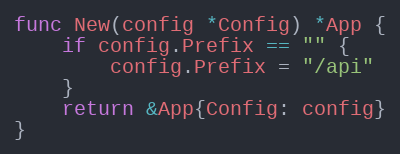
Language: Go
func New(config *Config) *App {
	if config.Prefix == "" {
		config.Prefix = "/api"
	}
	return &App{Config: config}
}